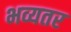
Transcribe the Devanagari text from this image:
भव्यतर